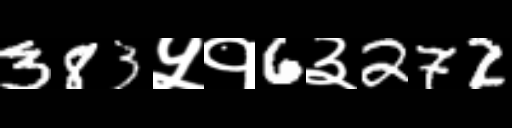
Text: 383५१6३272